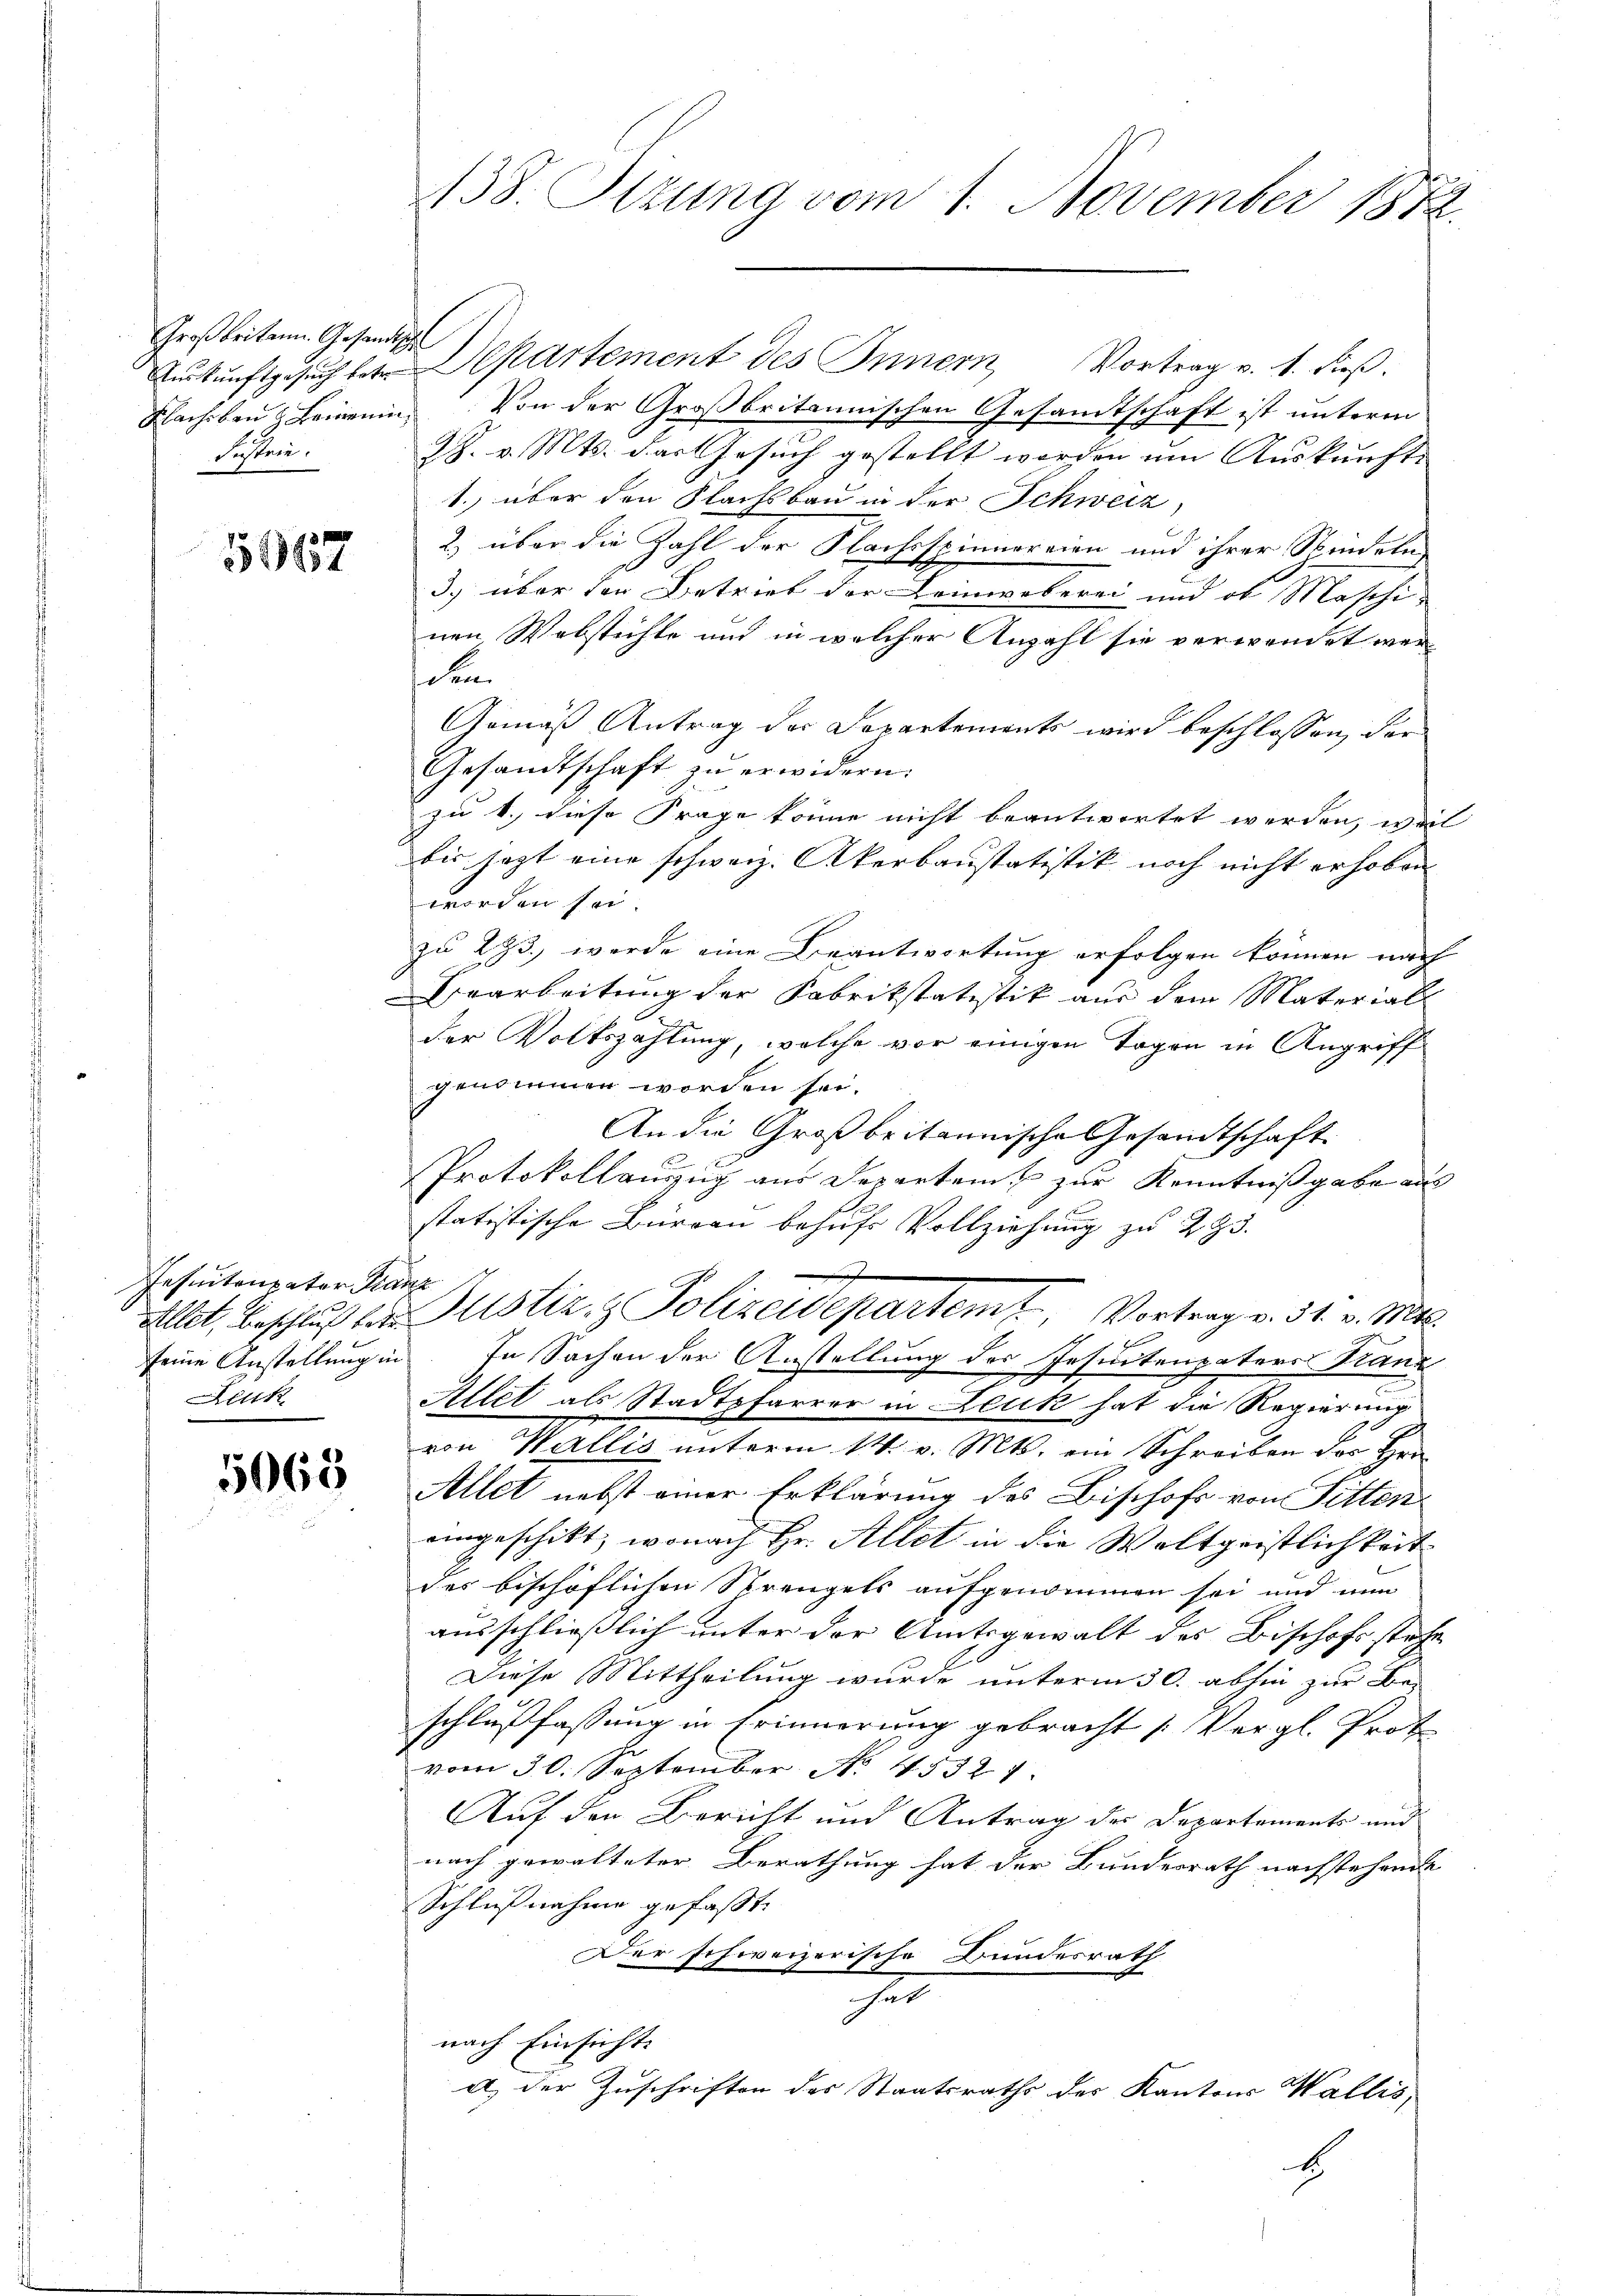
Großbritann. Gesandtisch
Festrie.

55962

Auskunftgesuch bin Departement des Innern Vortrag v. 1. dieß.
Racheben Beinenin. Von der Großbritannischen Gesandtschaft ist unterm
2J. v. Mts. das Gesuch gestellt worden um Auskunft
1.) über den Flachsbau in der Schweiz,
2) über die Zahl der Flachsspinnereien und ihrer Stindeln
3. über der Betrieb der Leinweberei und ob Maschi-
nen Webstühle und in welcher Anzahl sie verwendet werden
Gemäß Antrag der Departements wird beschlossen, der
Gesandtschaft zŭ erwidern.
zu 4. diese Frage könne nicht beantwortet werden, weil
bis jezt eine schweiz. Akerbaustatistik noch nicht erhoben
worden sei.
zu 293, werde eine Beantwortung erfolgen können nach
Baarbeitung der Fabrikstatistik aus dem Material
der Volkszählung, welche vor einigen Tagen in Angriff
genommen worden sei.
An die Großbritannische Gesandtschaft

Protokollauszug aus Separten u zŭr Kenntnißgabe aus
statistische Burgau behufs Vollziehung zu 293.
e
Allet, Beschluß der Justiz- & Polizeidepartem Vortrag v. 31. v. Mts.
seine Anstellung in. In Sachen der Anstellung der Insuntenpaters Kanz
3
Allel als Stadtpfarrer in Leuk hat die Regierung
von Wallis unterm 14. v. Mts. ein Schreiben des Hrn.
Allet nebst einer Erklärung des Bischofs von Sitten
eingeschikt, wonach Hr. Allot in die Waltgeistlichkeit
des beschöflichen Strengels aufgenommen sei und nun
ausschließlich unter der Amtsgewalt des Bischofs stehe
Diese Mittheilung wurde unterm 30. abhin zur Be-
schlußfassung in Erinnerung gebracht [Vergl. Prof
vom 30. September No. 45321.
Auf den Bericht und Antrag der Departements und
nach gewalteter Berathung hat der Bundesrath nachstehende
Schlußnahme gefasst.
Der schweizerische Bundesrath
r
nach Einsicht.
a) der Zuschriften des Staatsraths des Kantons Wallis,
E

Insintenpater Franz
Lück

5068

133. Sizung vom 1. November 1812.